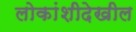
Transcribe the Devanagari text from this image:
लोकांशीदेखील